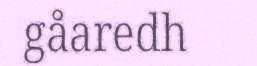
gåaredh